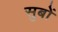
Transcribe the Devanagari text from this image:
सुबों